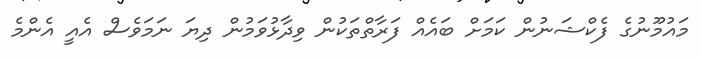
މައުމޫނުގެ ފެކްޝަނުން ކަމަށް ބައެއް ފަރާތްތަކުން ވިދާޅުވަމުން ދިޔަ ނަމަވެސް އެއީ އެންމެ